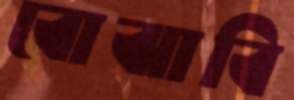
বোঝাবি